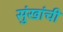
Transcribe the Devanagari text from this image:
सुंखांची